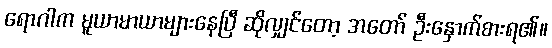
ရောဂါက မူယာမာယာများနေပြီ ဆိုလျှင်တော့ အတော် ဦးနှောက်စားရ၏။